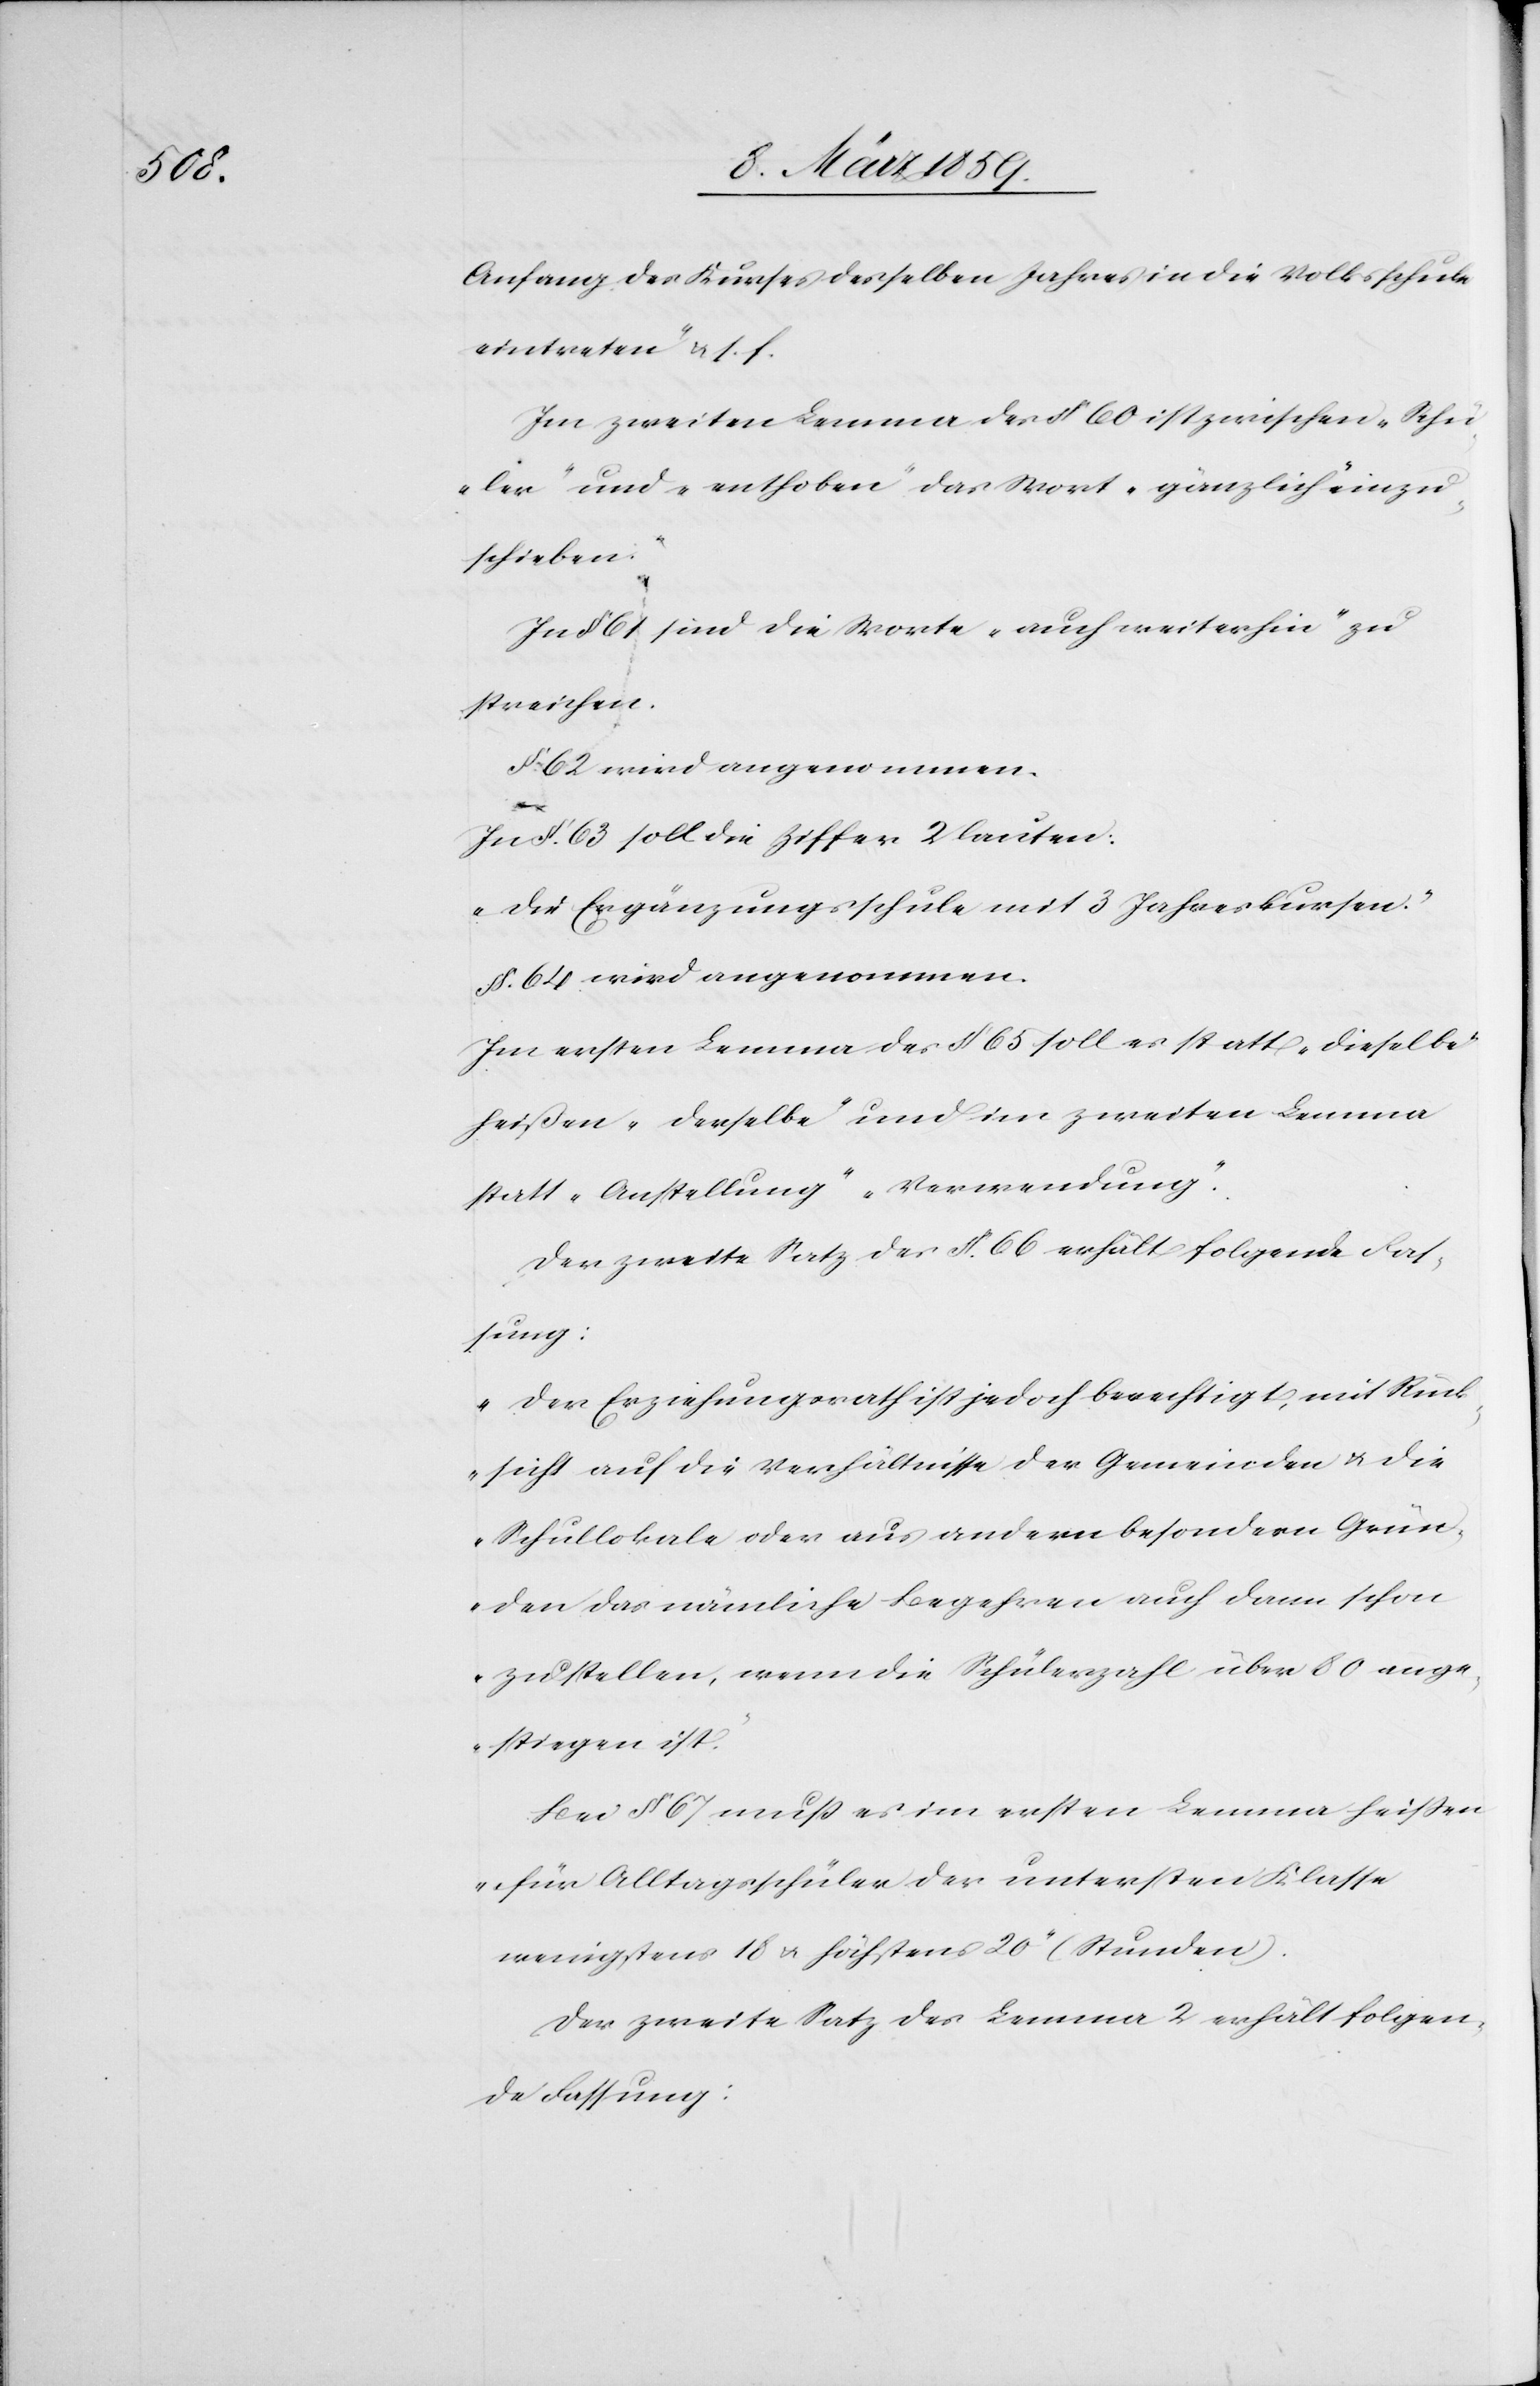
Anfang des Kurses desselben Jahres in die Volksschule
eintreten“ u. s. f.
Im zweiten Lemma des § 60 ist zwischen „Sch¬
üler“ und „enthoben“ das Wort „gänzlich“ einzu¬
schieben.
In § 61 sind die Worte „auch weiterhin“ zu
streichen.
§ 62 wird angenommen.
In §. 63 soll die Ziffer 2 lauten:
„Die Ergänzungsschule mit 3 Jahreskursen.“
§. 64 wird angenommen.
Im ersten Lemma des § 65 soll es statt „dieselbe“
heißen „derselbe“ und im zweiten Lemma
statt „Anstellung“ „Verwendung“.
Der zweite Satz des §. 66 erhält folgende Fas¬
sung:
„Der Erziehungsrath ist jedoch berechtigt, mit Rück¬
sicht auf die Verhältnisse der Gemeinden u. die
Schullokale oder aus andern besondern Grün¬
den das nämliche Begehren auch dann schon
zu stellen, wenn die Schülerzahl über 80 ange¬
stiegen ist.“
Bei § 67 muß es im ersten Lemma heißen
„für Alltagsschüler der untersten Klasse
wenigstens 18 u. höchstens 20“ (Stunden).
Der zweite Satz des Lemma 2 erhält folgen¬
de Fassung: